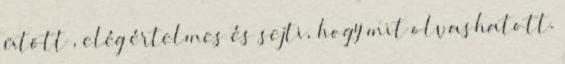
ütött , elég értelmes és sejti, hogy mit olvashatott.